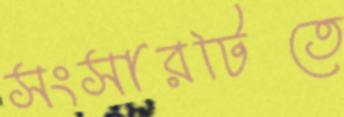
সংসারটিতে